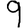
Digit: 9